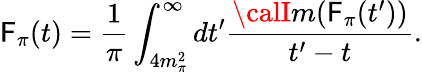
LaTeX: \mathsf{F}_{\pi}(t)=\frac{{1}}{{\pi}}\int_{4m_{\pi}^{2}}^{\infty}dt^{\prime}\frac{{{\calI}m(\mathsf{F}_{\pi}(t^{\prime}))}}{{t^{\prime}-t}}.